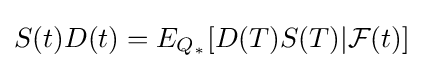
S(t)D(t)=E_{Q_{*}}[D(T)S(T)|{\mathcal {F}}(t)]